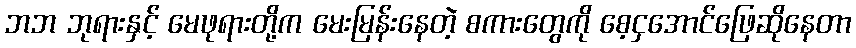
ဘဘ ဘုရားနှင့် မေဖုရားတို့က မေးမြန်းနေတဲ့ စကားတွေကို စေ့ငှအောင်ဖြေဆိုနေတာ